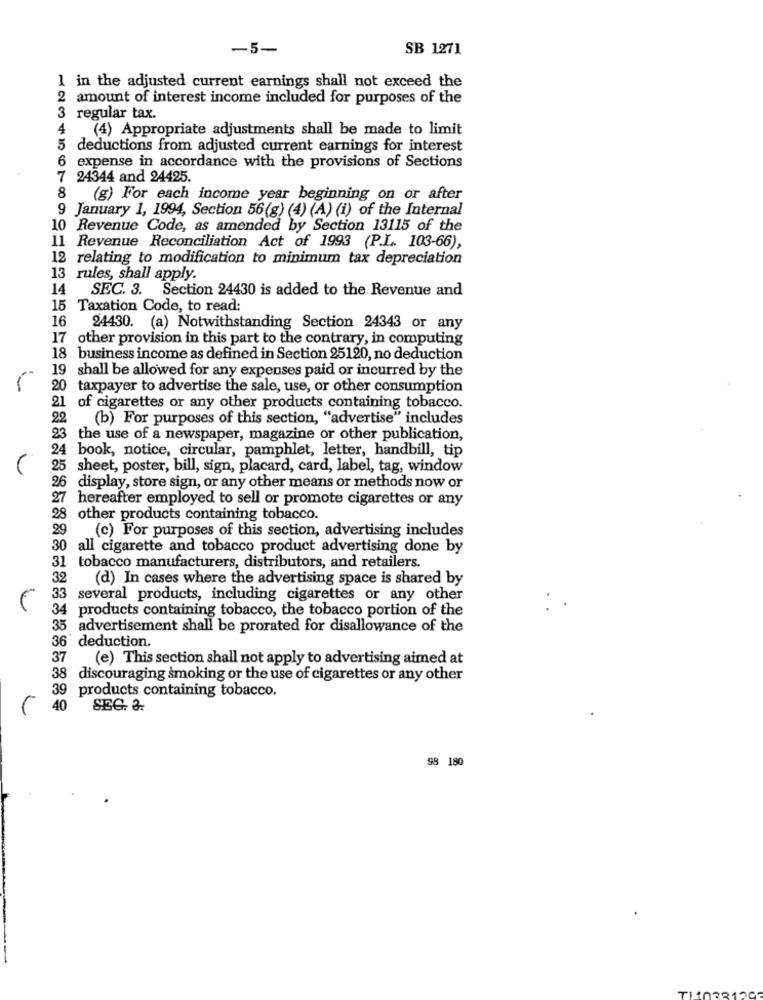
-5-
SB 1271
1 in the adjusted current earnings shall not exceed the
2 amount of interest income included for purposes of the
3 regular tax.
4
(4) Appropriate adjustments shall be made to limit
5
deductions from adjusted current earnings for interest
expense in accordance with the provisions of Sections
7 24344 and 24425.
8
(g) For each income year beginning on or after
9 January 1, 1994, Section 56(g) (4) (A) (i) of the Internal
10 Revenue Code, as amended by Section 13115 of the
11 Revenue Reconciliation Act of 1993 (P.L. 103-66),
12 relating to modification to minimum tax depreciation
13 rules, shall apply.
14
SEC. 3. Section 24430 is added to the Revenue and
15 Taxation Code, to read:
16
24430. (a) Notwithstanding Section 24343 or any
17 other provision in this part to the contrary, in computing
18 business income as defined in Section 25120, no deduction
19 shall be allowed for any expenses paid or incurred by the
20
taxpayer to advertise the sale, use, or other consumption
21
of cigarettes or any other products containing tobacco.
22
(b) For purposes of this section, "advertise" includes
23 the use of a newspaper, magazine or other publication,
book, notice, circular, pamphlet, letter, handbill, tip
25 sheet, poster, bill, sign, placard, card, label, tag, window
26
display, store sign, or any other means or methods now or
27 hereafter employed to sell or promote cigarettes or any
28 other products containing tobacco.
29
(c) For purposes of this section, advertising includes
30
all cigarette and tobacco product advertising done by
31 tobacco manufacturers, distributors, and retailers.
32
(d) In cases where the advertising space is shared by
33
several products, including cigarettes or any other
34 products containing tobacco, the tobacco portion of the
advertisement shall be prorated for disallowance of the
36' deduction.
37
(e) This section shall not apply to advertising aimed at
38 discouraging smoking or the use of cigarettes or any other
39
products containing tobacco.
40
SEC. 3.
98 180